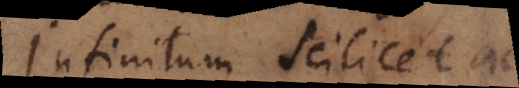
Infinitum scilicet actu